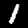
Label: 1